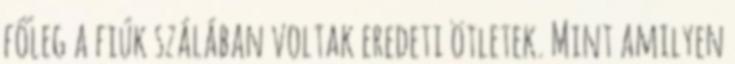
főleg a fiúk szálában voltak eredeti ötletek. Mint amilyen